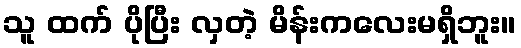
သူ ထက် ပိုပြီး လှတဲ့ မိန်းကလေးမရှိဘူး။